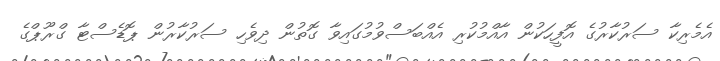
އެމެރިކާ ސަރުކާރުގެ އޮފީހަކުން އާއްމުކުރި އެއްބަސްވުމުގައިވާ ގޮތުން ދިވެހި ސަރުކާރުން ޕޮޑެސްޓާ ގްރޫޕްގެ